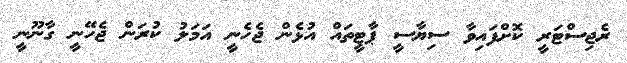
ރެޖިސްޓަރީ ކޮށްފައިވާ ސިޔާސީ ޕާޓީތައް އުޅެން ޖެހެނީ އަމަލު ކުރަން ޖެހޭނީ ގާނޫނީ